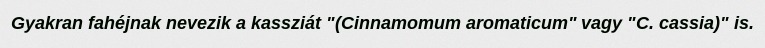
Gyakran fahéjnak nevezik a kassziát "(Cinnamomum aromaticum" vagy "C. cassia)" is.